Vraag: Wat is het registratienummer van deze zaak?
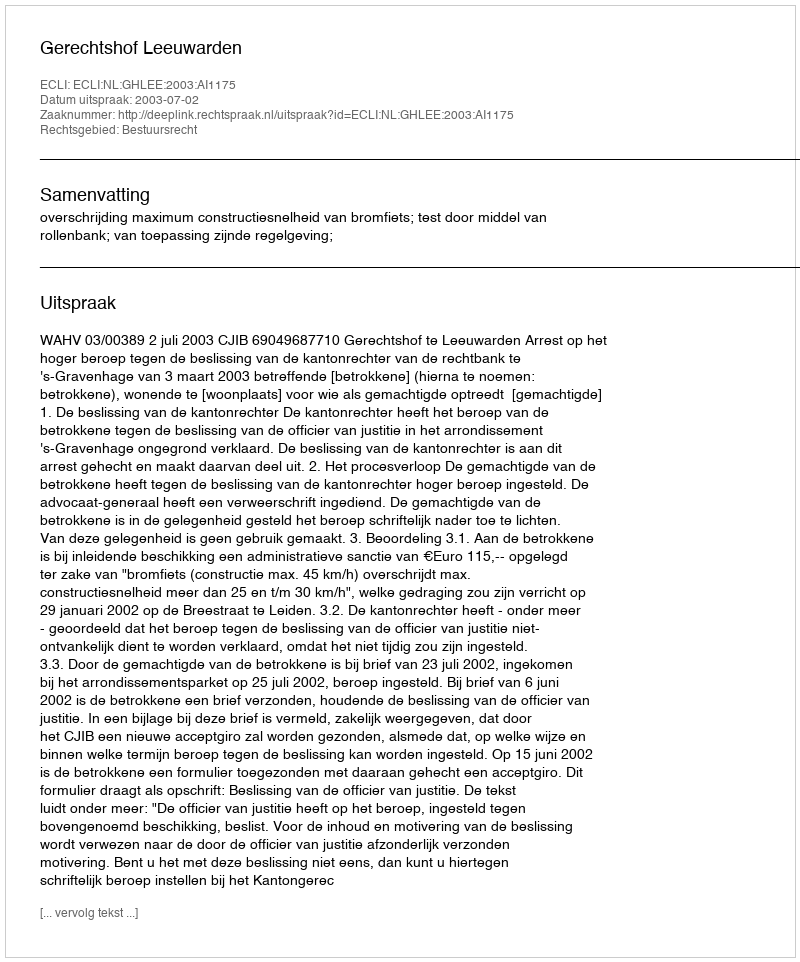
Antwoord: http://deeplink.rechtspraak.nl/uitspraak?id=ECLI:NL:GHLEE:2003:AI1175